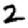
Digit: 2